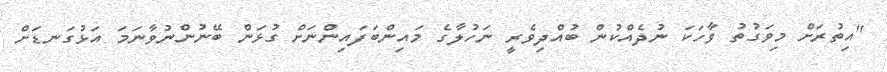
"އިތުރަށް މިވަގުތު ވާހަކަ ނުދެއްކުން ބުއްދިވެރީ ނަހުލާގެ މައިންބަފައިންނަށް ގުޅަން ބޭނުންނުވާނަމަ އަޅުގަނޑަށް